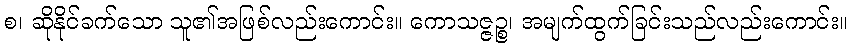
စ၊ ဆိုနိုင်ခက်သော သူ၏အဖြစ်လည်းကောင်း။ ကောသဇ္ဇဉ္စ၊ အမျက်ထွက်ခြင်းသည်လည်းကောင်း။